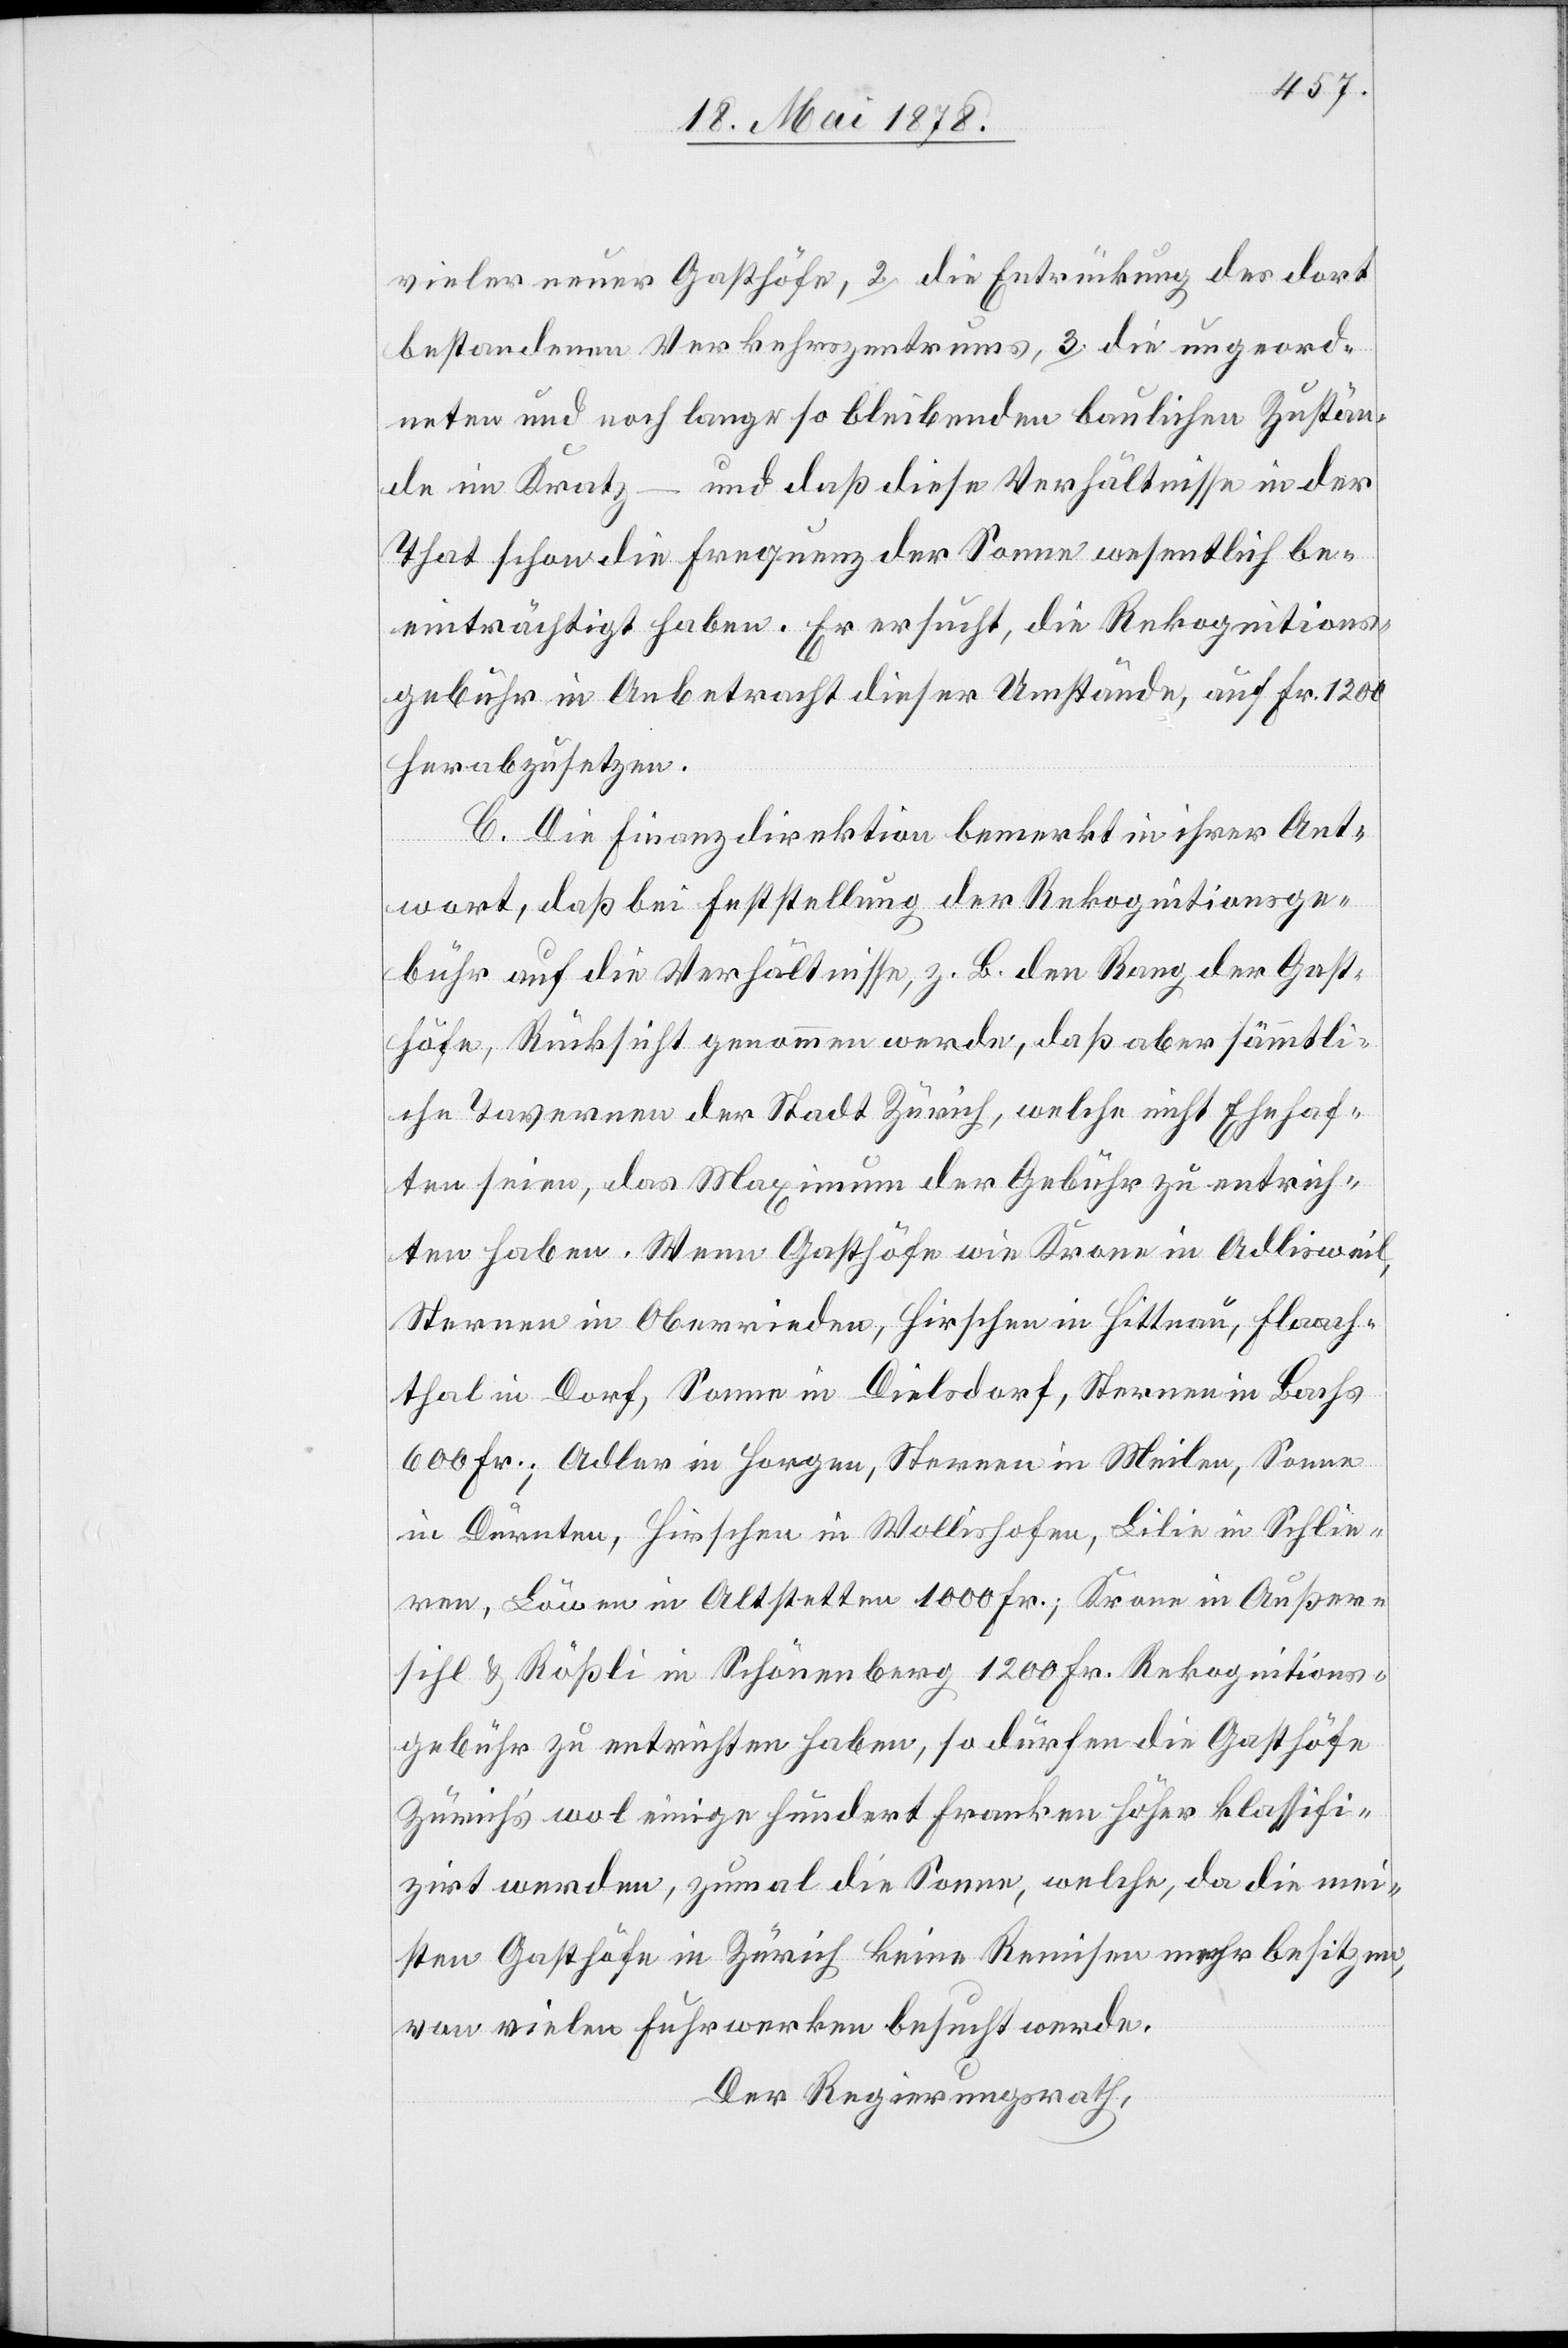
vieler neuer Gasthöfe, 2. die Entrückung des dort
bestandenen Verkehrszentrums, 3. die ungeord¬
neten und noch lange so bleibenden baulichen Zustän¬
de in Kratz – und daß diese Verhältnisse in der
That schon die Frequenz der Sonne wesentlich be¬
einträchtigt haben. Er ersucht, die Rekognitions¬
gebühr in Anbetracht dieser Umstände, auf Fr. 1200
herabzusetzen.
C. Die Finanzdirektion bemerkt in ihrer Ant¬
wort, daß bei Feststellung der Rekognitionsge¬
bühr auf die Verhältnisse, z. B. den Rang der Gast¬
höfe, Rücksicht genommen werde, daß aber sämmtli¬
che Tavernen der Stadt Zürich, welche nicht Ehehaf¬
ten seien, das Maximum der Gebühr zu entrich¬
ten haben. Wenn Gasthöfe wie Krone in Adlisweil,
Steuern in Oberrieden, Hirschen in Hittnau, Flaach¬
tthal in Dorf, Sonne in Dielsdorf, Sternen in Bachs
600 Fr.; Adler in Horgen, Sternen in Meilen, Sonne
in Dürnten, Hirschen in Wollishofen, Lilie in Schlie¬
ren, Löwen in Altstetten 1000 Fr.; Krone in Außer¬
sihl & Rössli in Schönenberg 1200 Fr. Rekognitions¬
gebühr zu entrichten haben, so dürfen die Gasthöfe
Zürich’s wol einige hundert Franken höher klassifi¬
zirt werden, zumal die Sonne, welche, da die mei¬
sten Gasthöfe in Zürich keine Remisen mehr besitzen,
von vielen Fuhrwerken besucht werde.
Der Regierungsrath,